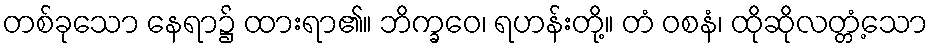
တစ်ခုသော နေရာ၌ ထားရာ၏။ ဘိက္ခဝေ၊ ရဟန်းတို့။ တံ ဝစနံ၊ ထိုဆိုလတ္တံ့သော